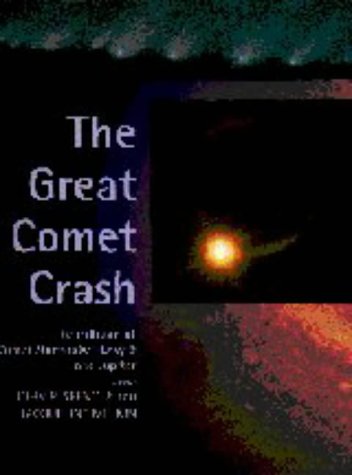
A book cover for The Great Comet Crash: The Collision of Comet Shoemaker-Levy 9 and Jupiter; Science & Math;